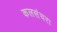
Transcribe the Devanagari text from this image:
कलसंघरा